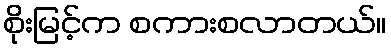
စိုးမြင့်က စကားစလာတယ်။